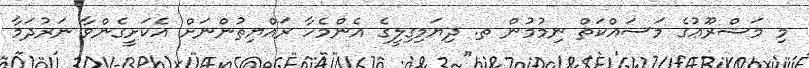
މި މަޝްރޫޢުގެ މަސައްކަތް ނިމުމުން ތ. ދިޔަމިގިލީގެ އެންމެހާ ރައްޔިތުންނަށް އެކަށީގެންވާ ނަރުދަމާ